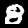
Digit: 8